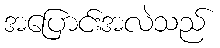
အပြောင်းအလဲသည်